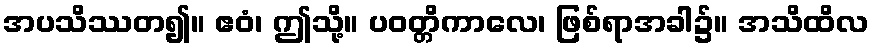
အပသိဿတ၍။ ဧဝံ၊ ဤသို့။ ပဝတ္တိကာလေ၊ ဖြစ်ရာအခါ၌။ အသိထိလ